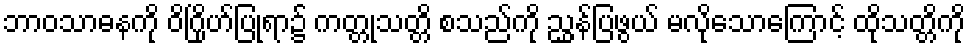
ဘာဝသာဓနကို ဝိဂြိုဟ်ပြုရာ၌ ကတ္တုသတ္တိ စသည်ကို ညွှန်ပြဖွယ် မလိုသောကြောင့် ထိုသတ္တိကို